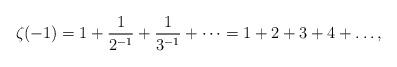
LaTeX: \begin{align*}\zeta_{}(-1) = 1+\frac{1}{2^{-1}}+\frac{1}{3^{-1}}+\dots = 1+2+3+4+\dots,\end{align*}